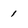
Character: 1